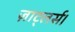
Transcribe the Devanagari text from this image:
ज़ाट्लर्स।